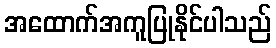
အထောက်အကူပြုနိုင်ပါသည်